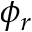
\phi _ { r }